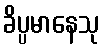
ခိပ္ပမာနေသု